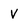
Character: v